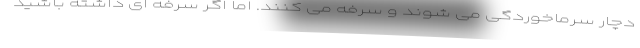
دچار سرماخوردگی می شوند و سرفه می کنند. اما اگر سرفه ای داشته باشید